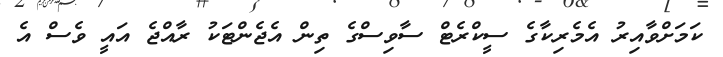
ކަމަށްވާއިރު އެމެރިކާގެ ސީކްރެޓް ސާވިސްގެ ތިން އެޖެންޓަކު ރާއްޖެ އައީ ވެސް އެ